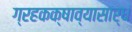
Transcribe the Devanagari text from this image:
ग्रहकक्षाव्यासार्धं